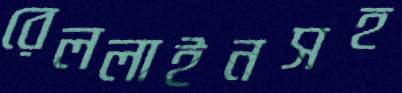
রেললাইনসহ